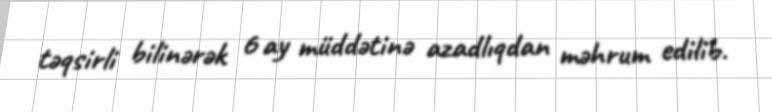
təqsirli bilinərək 6 ay müddətinə azadlıqdan məhrum edilib.